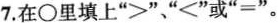
7.在\bigcirc里填上“>”、“<”或”=”。